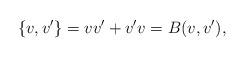
LaTeX: \begin{align*}\{v,v'\} = vv' + v'v = B(v,v'),\end{align*}